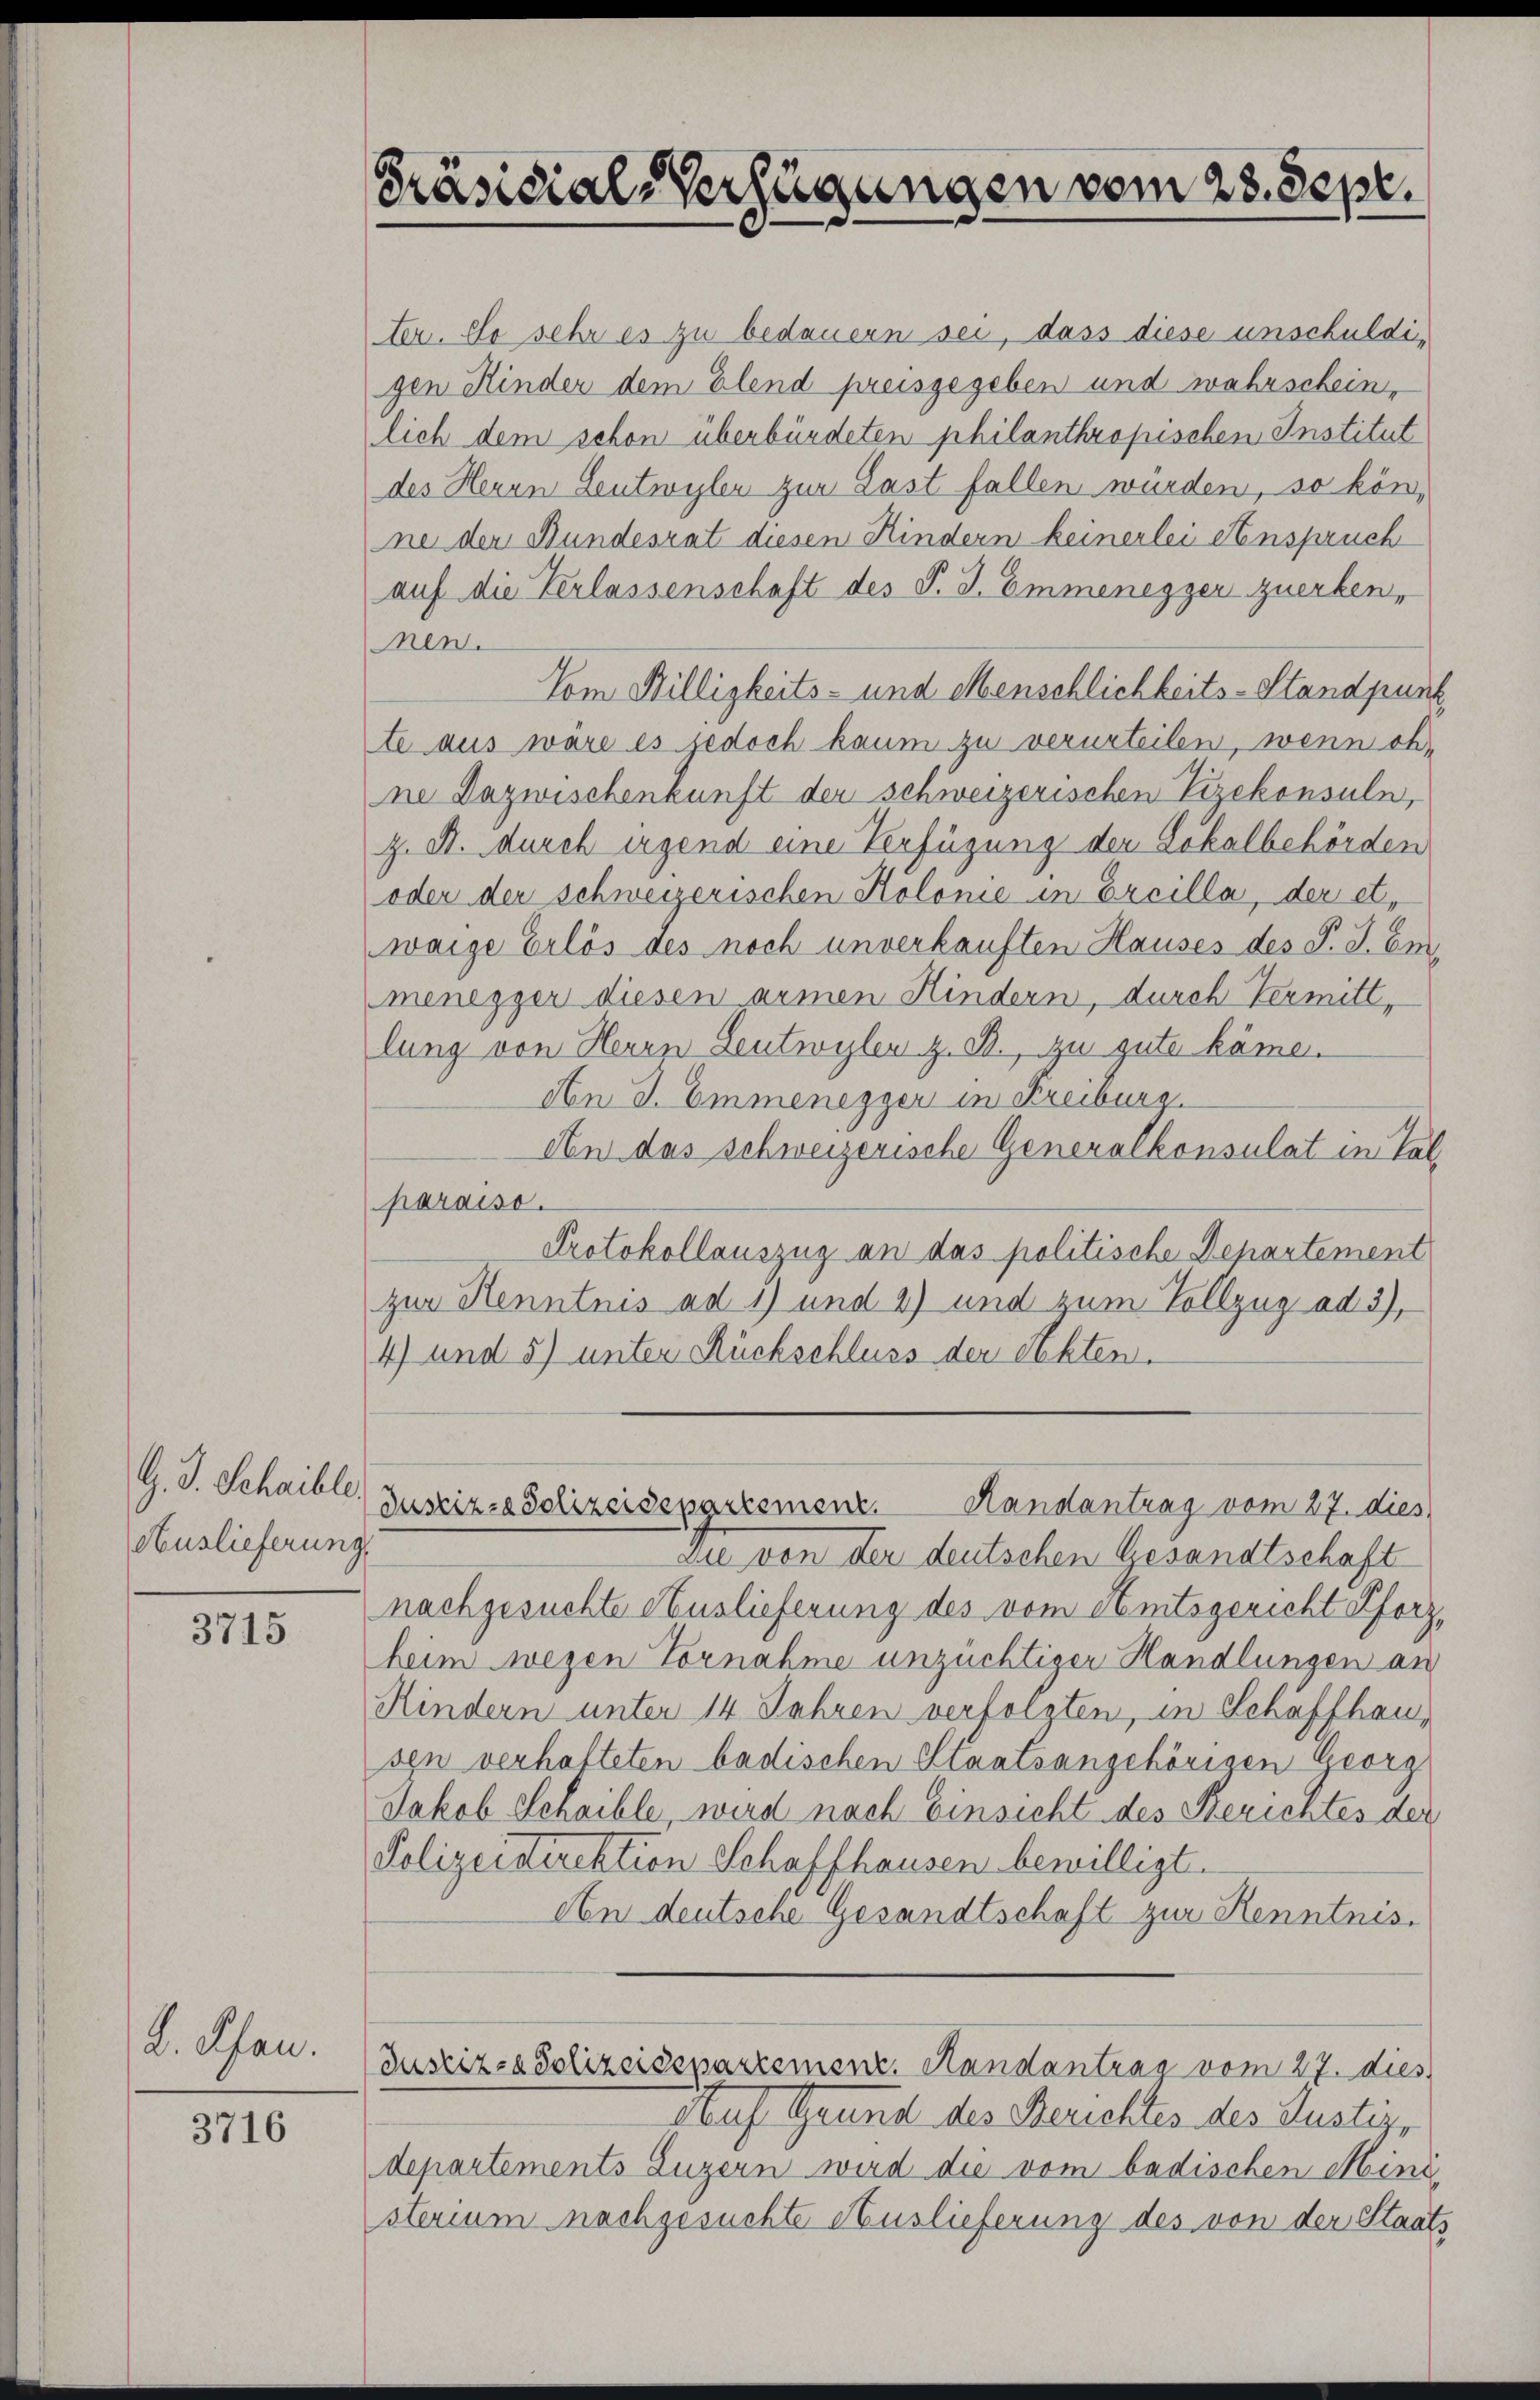
G. J. Schaible.
Auslieferung,

3715

L. Jan.

3716

Präsidial-Verfügungen vom 28. Sept.

ter. So sehr es zu bedauern sei, dass diese unschuldigen Kinder dem Elend preisgegeben und wahrschein,
lich dem schon überbündeten philanthropischen Institut
des Herrn Leutwyler zur Last fallen würden, so könne der Bundesrat diesen Kindern keinerlei Einspruch
auf die Verlassenschaft des P. J. Emmenegger zuerken,
nen.
Vom Billigkeits- und Menschlichkeits-Standpunk
te aus wäre es jedoch kaum zu verurteilen, wenn ohne Dazwischenkunft der schweizerischen Vizekonsuln,
z. A. durch irgend eine Verfügung der Lokalbehörden
oder der schweizerischen Kolonie in Ercilla, der et,
waige Erlös des noch unverkauften Hauses des P. J. Emi
menegger diesen armen Hindern, durch Vermittlung von Herrn Leutwyler z. B., zu gute käme.
An J. Emmenegger in Freiburg.
An das schweizerische Generalkonsulat in Tal
paraiso
Protokollauszug an das politische Departement
zur Kenntnis ad 1) und 2) und zum Vollzug ad 3),
4) und 5) unter Rückschluss der Akten.
Randantrag vom 27. dies
Justiz-Polizeidepartement
Die von der deutschen Gesandtschaft
nachgesuchte Auslieferung des vom Amtsgericht Pforzheim wegen Vornahme unzüchtiger Handlungen an
Kindern unter 14 Jahren verfolgten, in Schaffhausin verhafteten badischen Staatsangehörigen Georg
Jakob Schaible, wird nach Einsicht des Berichtes der
Polizeistirektion Schaffhausen bewilligt.
An deutsche Gesandtschaft zur Kenntnis.
Justiz- & Polizeisepartement. Handantrag vom 27. dies
sauf Grund des Berichtes des Justiz-
departements Luzern wird die vom badischen Mind
sterium nachgesuchte Auslieferung des von der Staats